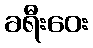
ခရီးဝေး